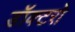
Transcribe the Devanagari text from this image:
डॉक्‍टरो